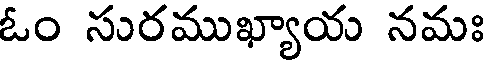
ఓం సురముఖ్యాయ నమః